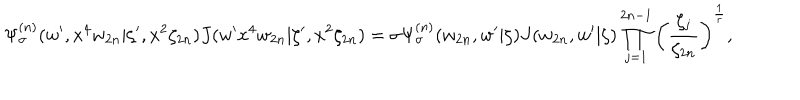
\Psi _ { \sigma } ^ { ( n ) } ( w ^ { \prime } , x ^ { 4 } w _ { 2 n } | \zeta ^ { \prime } , x ^ { 2 } \zeta _ { 2 n } ) J ( w ^ { \prime } x ^ { 4 } w _ { 2 n } | \zeta ^ { \prime } , x ^ { 2 } \zeta _ { 2 n } ) = \sigma \Psi _ { \sigma } ^ { ( n ) } ( w _ { 2 n } , w ^ { \prime } | \zeta ) J ( w _ { 2 n } , w ^ { \prime } | \zeta ) \prod _ { j = 1 } ^ { 2 n - 1 } \left( \frac { \zeta _ { j } } { \zeta _ { 2 n } } \right) ^ { \frac { 1 } { r } } ,